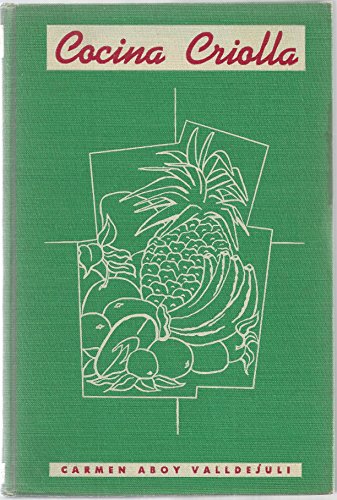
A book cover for Cocina Criolla; Carmen Aboy Valldejuli; Cookbooks, Food & Wine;